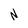
Character: N